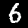
Label: 6